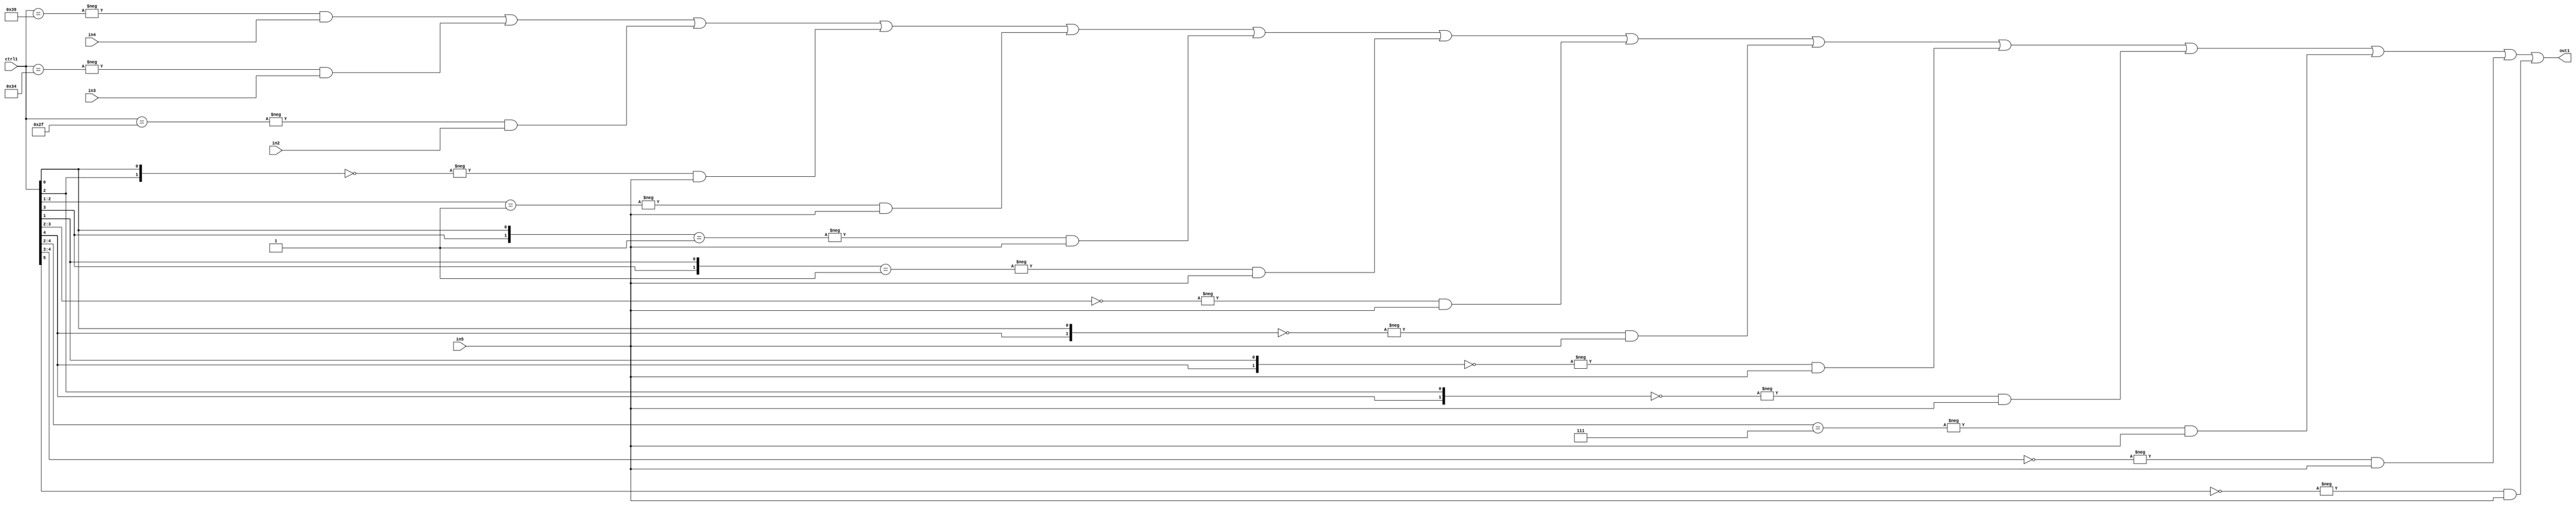
`timescale 1ps / 1ps
/*****************************************************************************
    Verilog RTL Description
    
    
    Created by: Stratus DpOpt 21.05.01 
*******************************************************************************/

module SobelFilter_N_Mux_32_4_28_1 (
	in5,
	in4,
	in3,
	in2,
	ctrl1,
	out1
	); /* architecture "behavioural" */ 
input [31:0] in5;
input [8:0] in4,
	in3,
	in2;
input [5:0] ctrl1;
output [31:0] out1;
wire [31:0] asc001;

assign asc001 = 
	-{ctrl1 == 6'B111001} & in4 |
	-{ctrl1 == 6'B110100} & in3 |
	-{ctrl1 == 6'B101111} & in2 |
	-{{ctrl1[2], ctrl1[0]} == 2'B00} & in5 |
	-{ctrl1[2:1] == 2'B01} & in5 |
	-{{ctrl1[3], ctrl1[0]} == 2'B01} & in5 |
	-{{ctrl1[3], ctrl1[1]} == 2'B01} & in5 |
	-{ctrl1[3:2] == 2'B00} & in5 |
	-{{ctrl1[4], ctrl1[0]} == 2'B00} & in5 |
	-{{ctrl1[4], ctrl1[1]} == 2'B00} & in5 |
	-{{ctrl1[4], ctrl1[2]} == 2'B00} & in5 |
	-{ctrl1[4:2] == 3'B111} & in5 |
	-{ctrl1[4:3] == 2'B00} & in5 |
	-{ctrl1[5] == 1'B0} & in5 ;

assign out1 = asc001;
endmodule

/* CADENCE  vLXxQgg= : u9/ySxbfrwZIxEzHVQQV8Q== ** DO NOT EDIT THIS LINE ******/